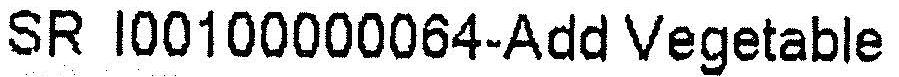
SR I00100000064-ADD VEGETABLE